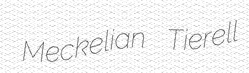
Meckelian Tierell